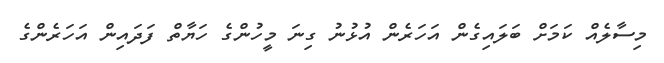
މިސާލެއް ކަމަށް ބަލައިގެން އަހަރެން އުޅުނު ގިނަ މީހުންގެ ހަޔާތް ފަދައިން އަހަރެންގެ